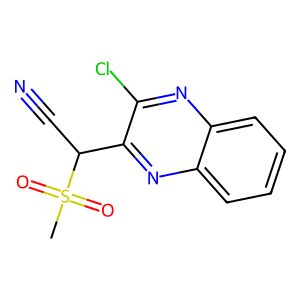
SMILES: CS(=O)(=O)C(C#N)c1nc2ccccc2nc1Cl
Inhibits HIV replication: No